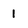
Character: 1